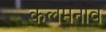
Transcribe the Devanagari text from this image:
कलमनाव